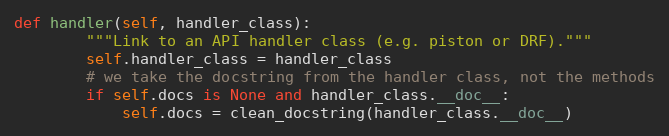
Language: Python
def handler(self, handler_class):
        """Link to an API handler class (e.g. piston or DRF)."""
        self.handler_class = handler_class
        # we take the docstring from the handler class, not the methods
        if self.docs is None and handler_class.__doc__:
            self.docs = clean_docstring(handler_class.__doc__)